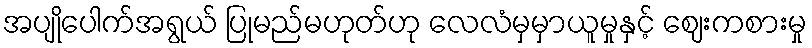
အပျိုပေါက်အရွယ် ပြုမည်မဟုတ်ဟု လေလံမှမှာယူမှုနှင့် ဈေးကစားမှု